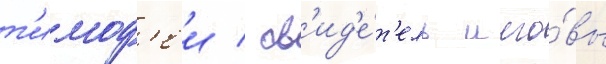
т'имоф'еи / св'ид'е́т'ель иего́вы